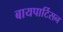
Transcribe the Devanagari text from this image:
बायपार्टिसन